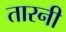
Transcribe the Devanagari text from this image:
तारनी